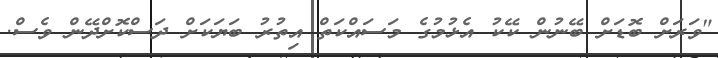
"ވަރަށް ބޮޑަށް ބޭނުން ކޭކު އެޅުމުގެ މަސައްކަތް އިތުރު ބަޔަކަށް ދަސްކޮށްދޭން ވެސް.